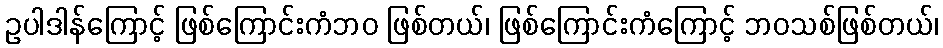
ဥပါဒါန်ကြောင့် ဖြစ်ကြောင်းကံဘဝ ဖြစ်တယ်၊ ဖြစ်ကြောင်းကံကြောင့် ဘဝသစ်ဖြစ်တယ်၊